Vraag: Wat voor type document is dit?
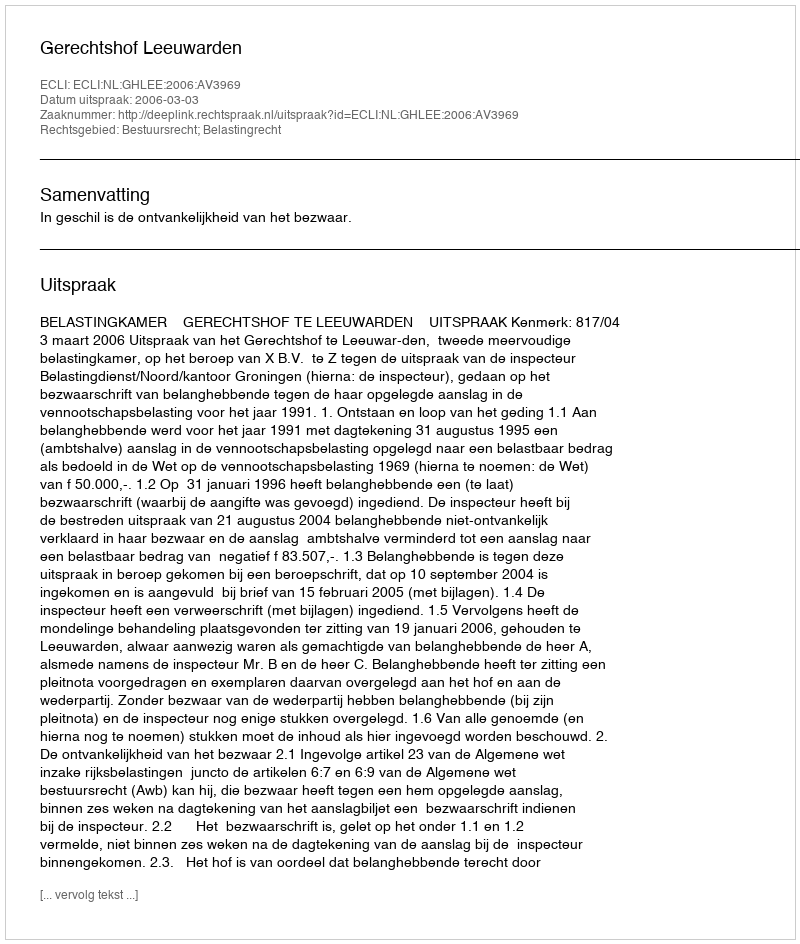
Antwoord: Uitspraak